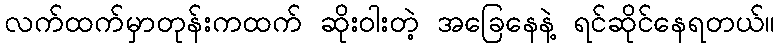
လက်ထက်မှာတုန်းကထက် ဆိုးဝါးတဲ့ အခြေနေနဲ့ ရင်ဆိုင်နေရတယ်။